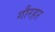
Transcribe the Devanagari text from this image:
गौरहर